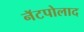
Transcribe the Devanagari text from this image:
नॅटपोलाद